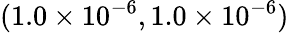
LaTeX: (1.0\times 10^{-6},1.0\times 10^{-6})